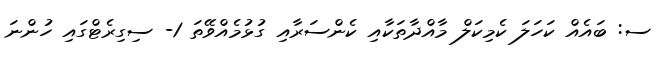
ސ: ބައެއް ކަހަލަ ކެމިކަލް މާއްދާތަކާއި ކެންސަރާއި ގުޅުމެއްވޭތަ 1- ސިގިރެޓްގައި ހުންނަ